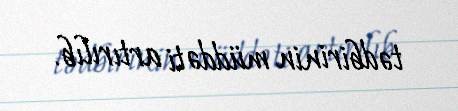
tədbirinin müddəti artırılıb.